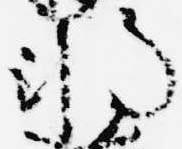
将